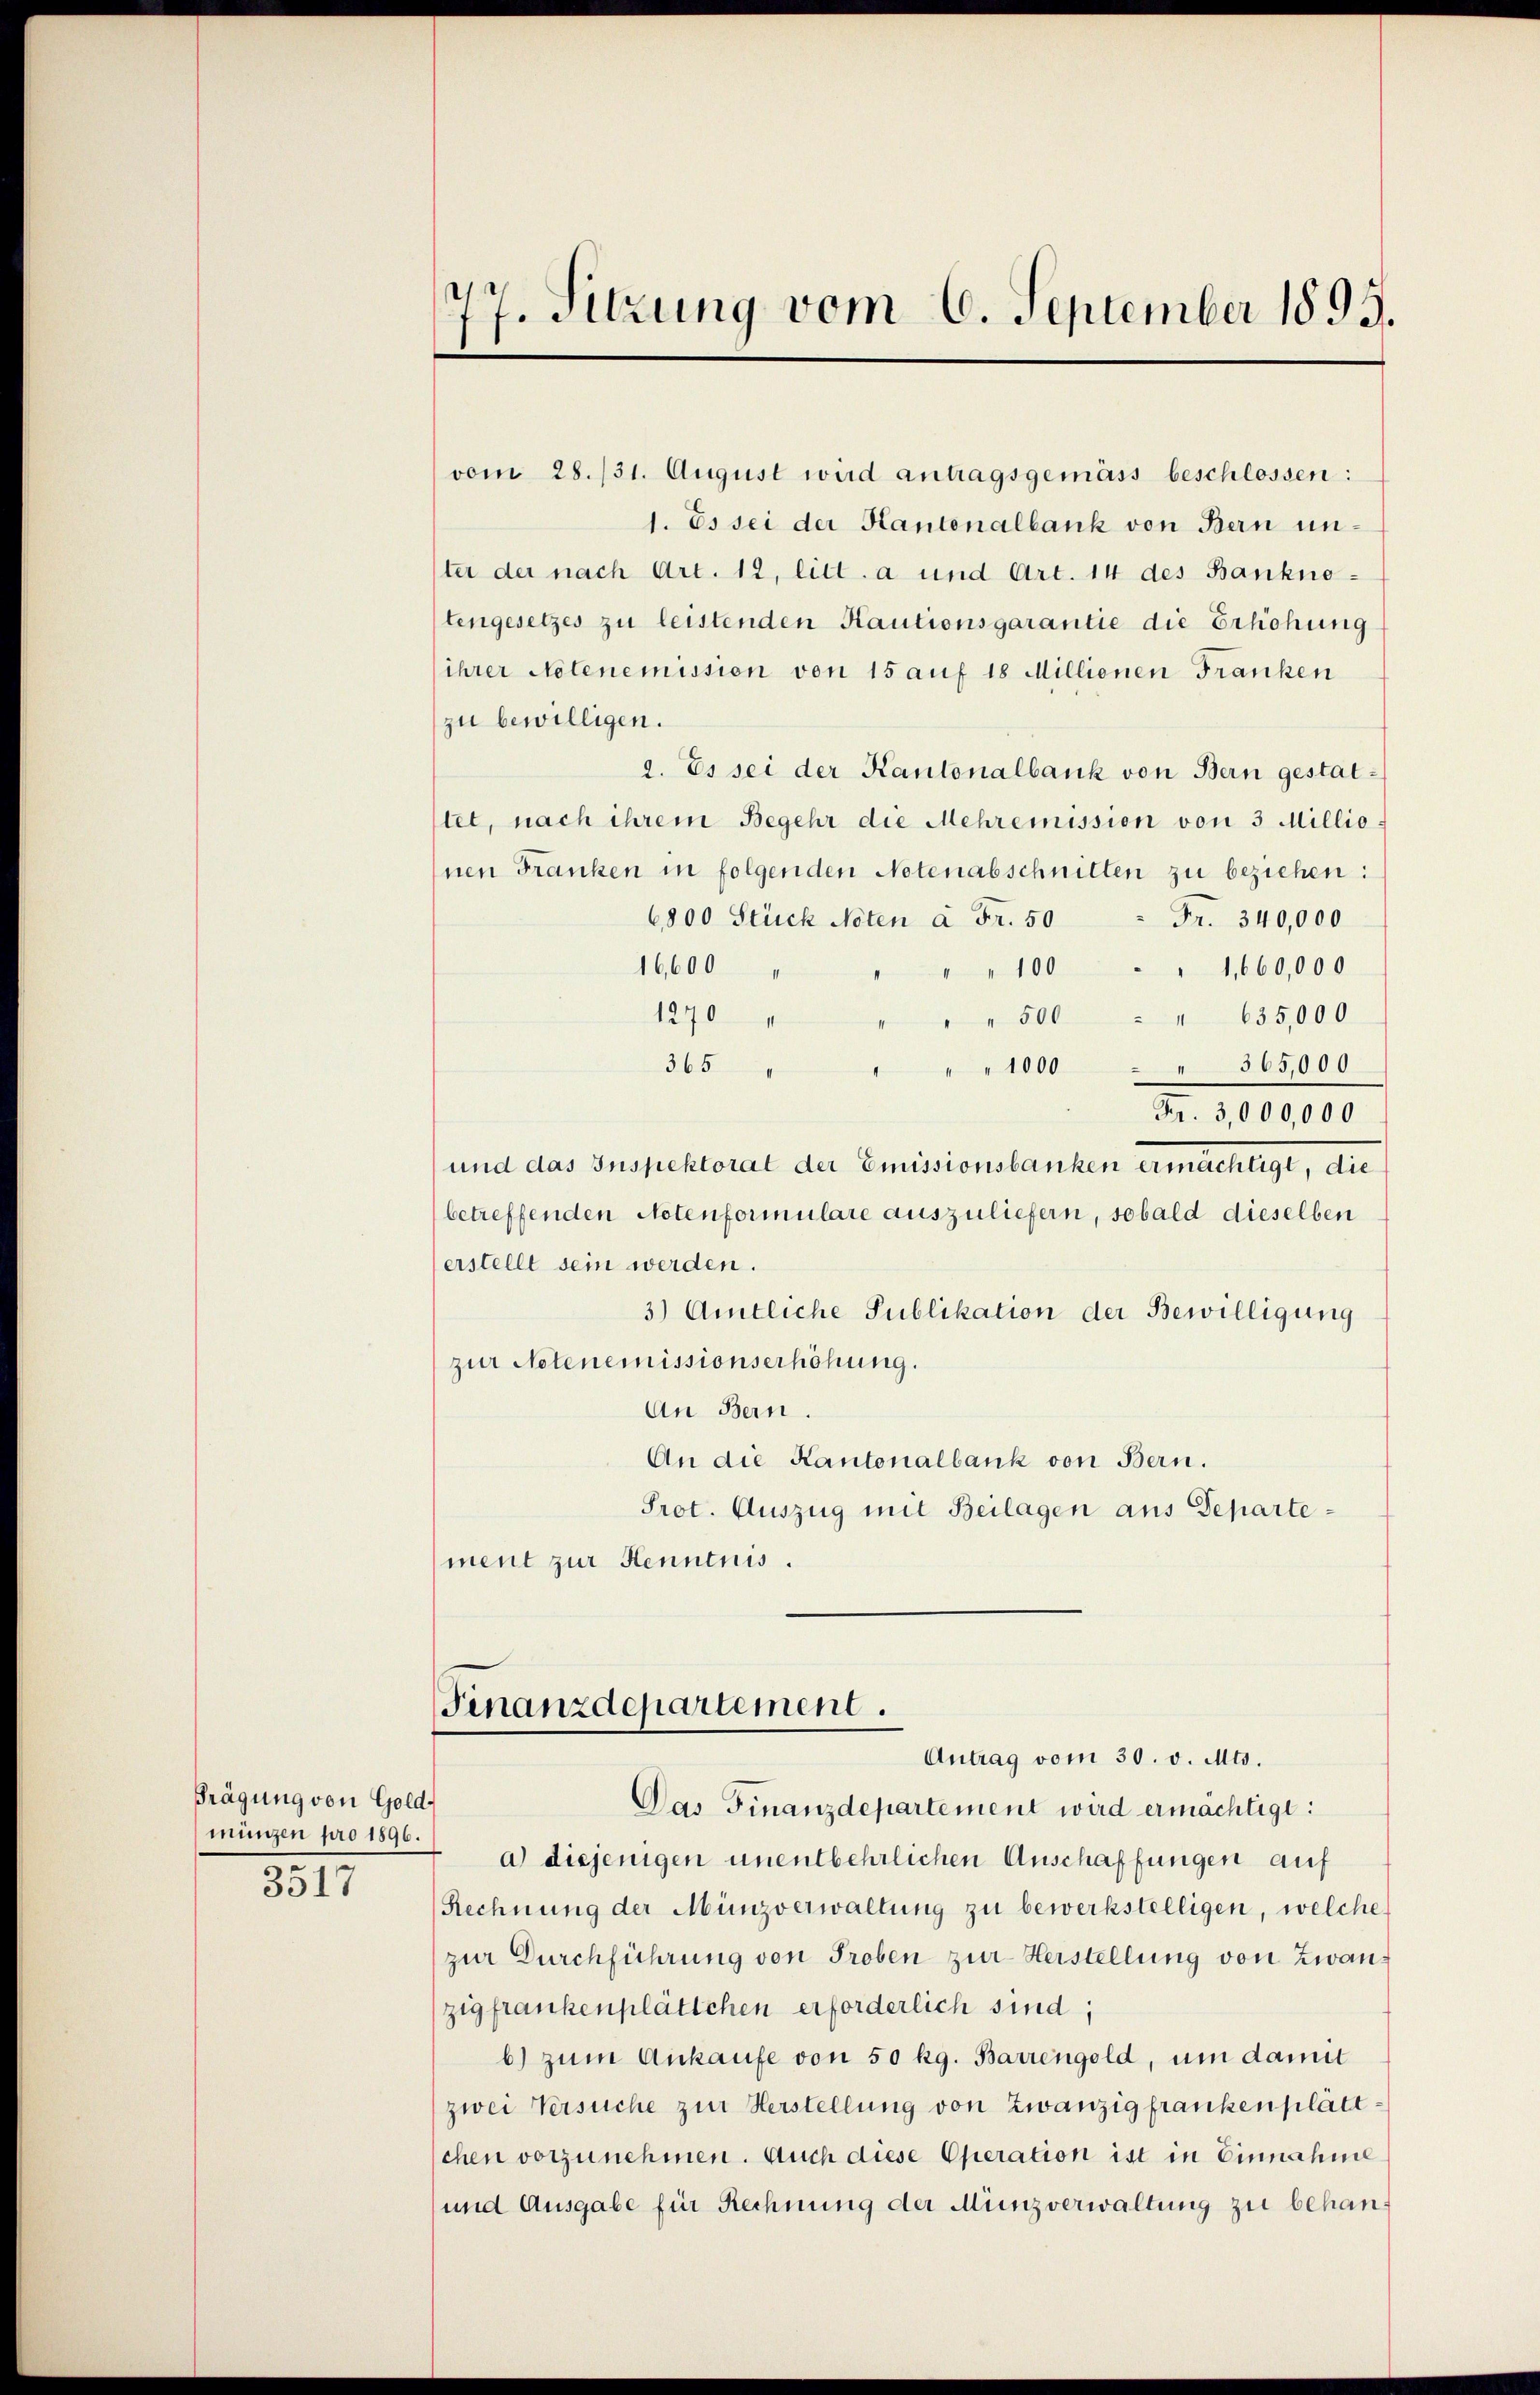
Frägung von Gold-
münzen pro 1896.
.
3317

77. Sitzung vom 6. September 1895.

vom 28. 731. August wird antragsgemäss beschlossen:
1. Es sei der Kantonalbank von Bern unster der nach Art. 12, litt. a und Art. 14 des Bankno-
tengesetzes zu leistenden Kautionsgarantie die Erhöhung
ihrer Notenemission von 15 auf 18 Millionen Franken
zu bewilligen.
2. Es sei der Kantonalbank von Bern gestatstet, nach ihrem Begehr die Mehremission von 3 Millio
nen Franken in folgenden Notenabschnitten zu beziehen:
6800 Stück Noten a Fr. 50
Fr. 340,000
16,600
" 100 " " 1,660,000
1270
" " 500 " " 635,000
365
" " 1000 " " 365,000
Nr. 1000,00
und das Inspektorat der Emissionsbanken ermächtigt, die
(betreffenden Notenformulare auszuliefern, sobald dieselben
erstellt sein werden.
3) Amtliche Publikation der Bewilligung
zur Notenemissionserhöhung.
An Bern.
An die Kantonalbank von Bern.
Prot. Auszug mit Beilagen aus Departement zur Kenntnis.
Finanzdepartement.
Antrag vom 30. v. Mts.
Das Finanzdepartement wird ermächtigt:
a) diejenigen unentbehrlichen Anschaffungen auf
Rechnung der Münzverwaltung zu bewerkstelligen, welche
zur Durchführung von Proben zur Herstellung von Zwanzigfrankenplättchen erforderlich sind;
b) zum Ankaufe von 50 kg. Barrengold, um damit
zwei Versuche zur Verstellung von zwanzig frankenplättschen vorzunehmen. Auch diese Operation ist in Einnahme
und Ausgabe für Rechnung der Münzverwaltung zu behan¬